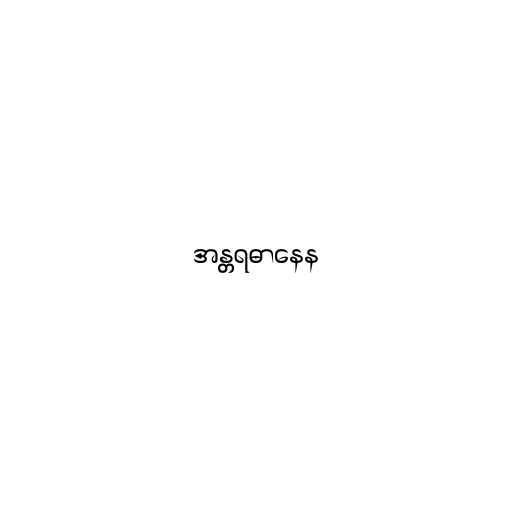
အန္တရဓာနေန